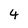
Character: 4